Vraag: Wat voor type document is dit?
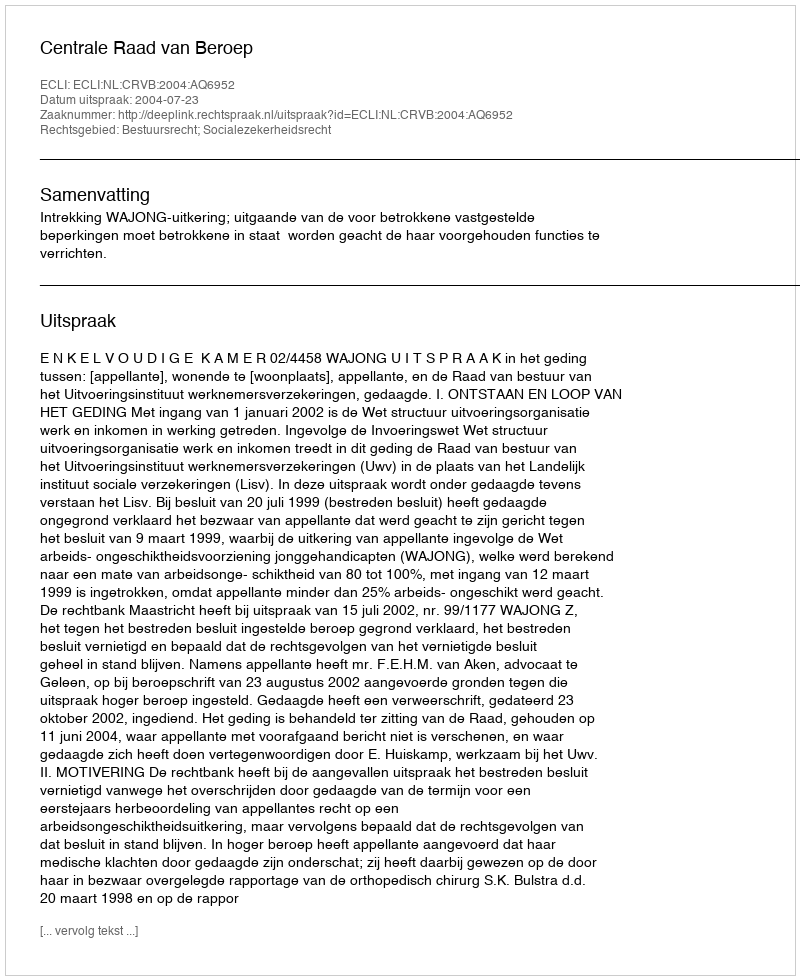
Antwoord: Uitspraak